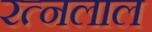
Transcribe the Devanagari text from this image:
रत्नलाल